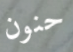
حنون